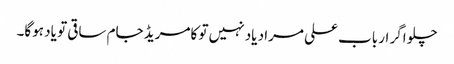
چلو اگر ارباب علی مراد یاد نہیں تو کامریڈ جام ساقی تو یاد ہوگا۔